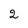
Character: 2